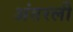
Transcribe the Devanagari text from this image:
अंतरली